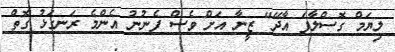
ލިޔަމް ގޮސްލާފަ އާދޭ" ޒީނާ އަށް ވެސް ފެނުނު އެންމެ ރަނގަޅު ގޮތް